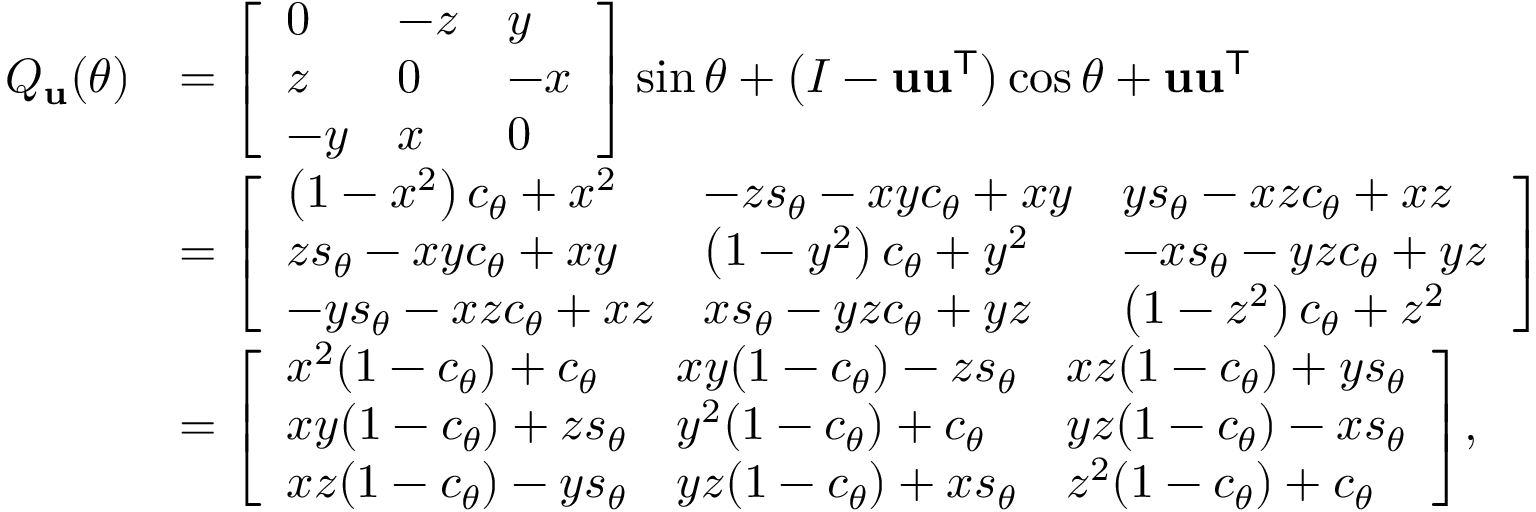
{ \begin{array} { r l } { Q _ { \mathbf { u } } ( \theta ) } & { = { \left[ \begin{array} { l l l } { 0 } & { - z } & { y } \\ { z } & { 0 } & { - x } \\ { - y } & { x } & { 0 } \end{array} \right] } \sin \theta + \left( I - \mathbf { u } \mathbf { u } ^ { \mathsf { T } } \right) \cos \theta + \mathbf { u } \mathbf { u } ^ { \mathsf { T } } } \\ & { = { \left[ \begin{array} { l l l } { \left( 1 - x ^ { 2 } \right) c _ { \theta } + x ^ { 2 } } & { - z s _ { \theta } - x y c _ { \theta } + x y } & { y s _ { \theta } - x z c _ { \theta } + x z } \\ { z s _ { \theta } - x y c _ { \theta } + x y } & { \left( 1 - y ^ { 2 } \right) c _ { \theta } + y ^ { 2 } } & { - x s _ { \theta } - y z c _ { \theta } + y z } \\ { - y s _ { \theta } - x z c _ { \theta } + x z } & { x s _ { \theta } - y z c _ { \theta } + y z } & { \left( 1 - z ^ { 2 } \right) c _ { \theta } + z ^ { 2 } } \end{array} \right] } } \\ & { = { \left[ \begin{array} { l l l } { x ^ { 2 } ( 1 - c _ { \theta } ) + c _ { \theta } } & { x y ( 1 - c _ { \theta } ) - z s _ { \theta } } & { x z ( 1 - c _ { \theta } ) + y s _ { \theta } } \\ { x y ( 1 - c _ { \theta } ) + z s _ { \theta } } & { y ^ { 2 } ( 1 - c _ { \theta } ) + c _ { \theta } } & { y z ( 1 - c _ { \theta } ) - x s _ { \theta } } \\ { x z ( 1 - c _ { \theta } ) - y s _ { \theta } } & { y z ( 1 - c _ { \theta } ) + x s _ { \theta } } & { z ^ { 2 } ( 1 - c _ { \theta } ) + c _ { \theta } } \end{array} \right] } , } \end{array} }